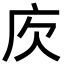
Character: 𢇣